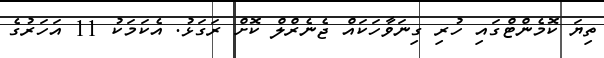
ތިޔަ ކޮމެންޓްގައި ހުރި ގިނަވާހަކައް ޖެނެރްލް ކޮށް ރަގަޅު. އެކަމަކު 11 އަހަރުގެ